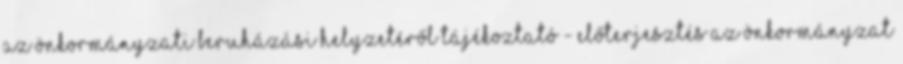
Az önkormányzati beruházási helyzetéről tájékoztató - Előterjesztés Az Önkormányzat